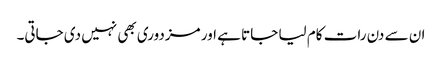
ان سے دن رات کام لیا جاتا ہے اور مزدوری بھی نہیں دی جاتی۔